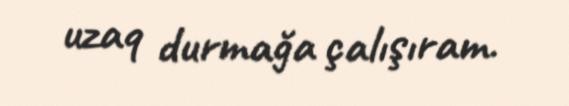
uzaq durmağa çalışıram.